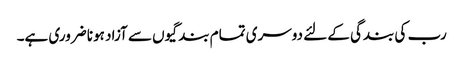
رب کی بندگی کے لئے دوسری تمام بندگیوں سے آزاد ہونا ضروری ہے۔